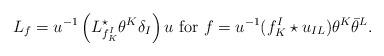
LaTeX: \begin{align*} L_f = u^{-1} \left(L^\star_{f_K^I} \theta^K \delta_I \right) u \mbox{ for } f = u^{-1} (f_K^I \star u_{IL})\theta^K \bar \theta^L.\end{align*}